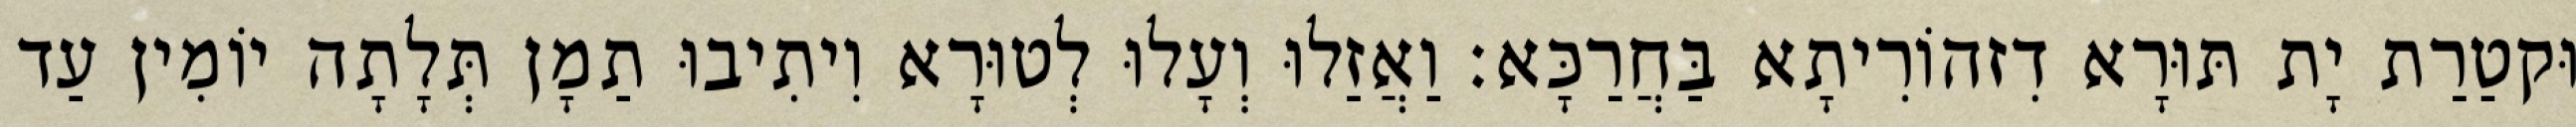
וּקטַרַת יָת תּוּרָא דִזהוֹרִיתָא בַּחֲרַכָּא׃ וַאֲזַלוּ וְעָלוּ לְטוּרָא וִיתִיבוּ תַמָן תְּלָתָה יוֹמִין עַד